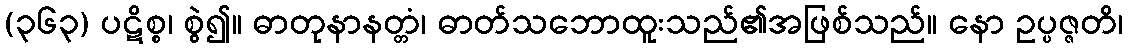
(၃၆၃) ပဋိစ္စ၊ စွဲ၍။ ဓာတုနာနတ္တံ၊ ဓာတ်သဘောထူးသည်၏အဖြစ်သည်။ နော ဥပ္ပဇ္ဇတိ၊